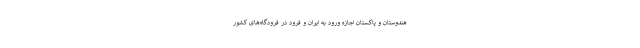
هندوستان و پاکستان اجازه ورود به ایران و فرود در فرودگاه‌های کشور